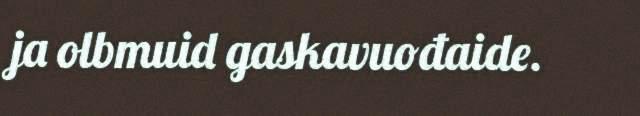
ja olbmuid gaskavuođaide.